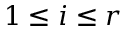
1 \leq i \leq r